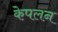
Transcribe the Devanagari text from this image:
केपलन